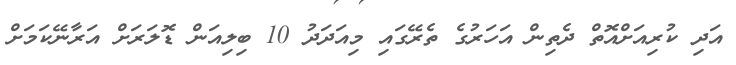
އަދި ކުރިއަށްއޮތް ދެތިން އަހަރުގެ ތެރޭގައި މިއަދަދު 10 ބިލިއަން ޑޮލަރަށް އަރާނޭކަމަށް